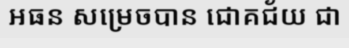
អធន សម្រេចបាន ជោគជ័យ ជា